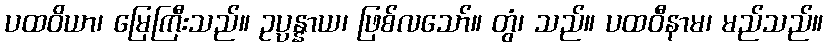
ပထဝိယာ၊ မြေကြီးသည်။ ဥပ္ပန္နာယ၊ ဖြစ်လသော်။ တွံ၊ သည်။ ပထဝီနာမ၊ မည်သည်။